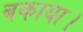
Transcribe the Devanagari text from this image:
बकाया।